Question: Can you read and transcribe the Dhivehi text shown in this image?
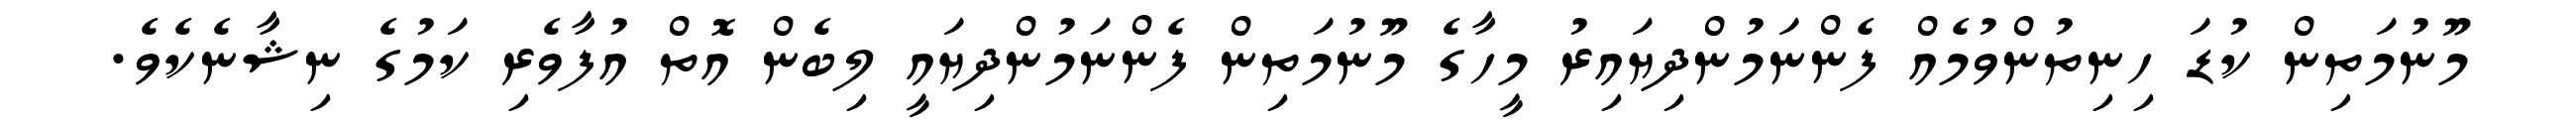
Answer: މޫނުމަތިން ކުޑަ ހިނިތުންވުމެއް ފެންނަމުންދިޔައިރު މީހާގެ މޫނުމަތިން ފެންނަމުންދިޔައީ ލިބެން އޮތް އުފާވެރި ކަމުގެ ނިޝާނެކެވެ.